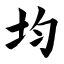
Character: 均